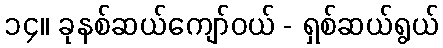
၁၄။ ခုနစ်ဆယ်ကျော်ဝယ် - ရှစ်ဆယ်ရွယ်